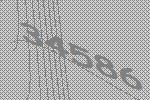
34586